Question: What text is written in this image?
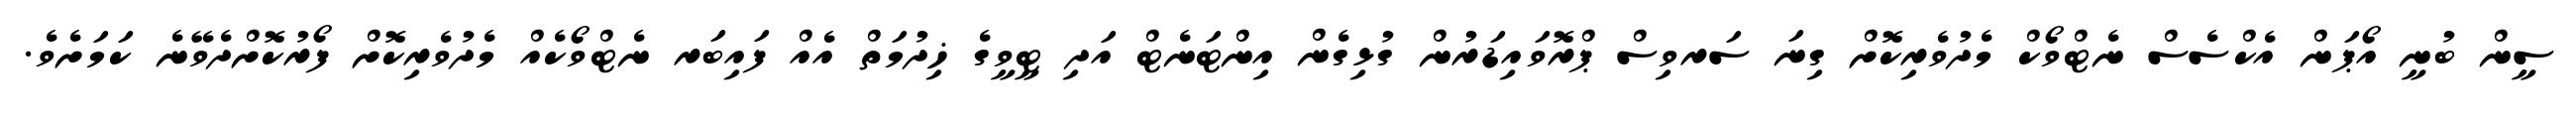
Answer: ސީން ބުނީ އޯޕަން އެކްސެސް ނެޓްވޯކް މެދުވެރިކޮށް ގިނަ ސަރވިސް ޕްރޮވައިޑަރުން ގުޅިގެން އިންޓަނެޓް އަދި ޓީވީގެ ޚިދުމަތް އެއް ފައިބަރ ނެޓްވޯކެއް މެދުވެރިކޮށް ފޯރުކޮށްދެވޭނެ ކަމަށެވެ.